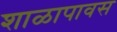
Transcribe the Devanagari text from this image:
शाळापावस